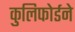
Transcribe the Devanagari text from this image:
कुलिफोर्डने